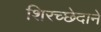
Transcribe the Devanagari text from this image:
शिरच्छेदाने